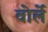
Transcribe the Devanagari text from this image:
वोर्ले